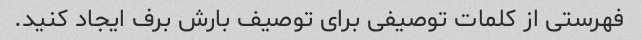
فهرستی از کلمات توصیفی برای توصیف بارش برف ایجاد کنید.